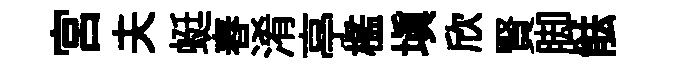
宫夫蜓舂淆亭檻塡欣賢脚䏻